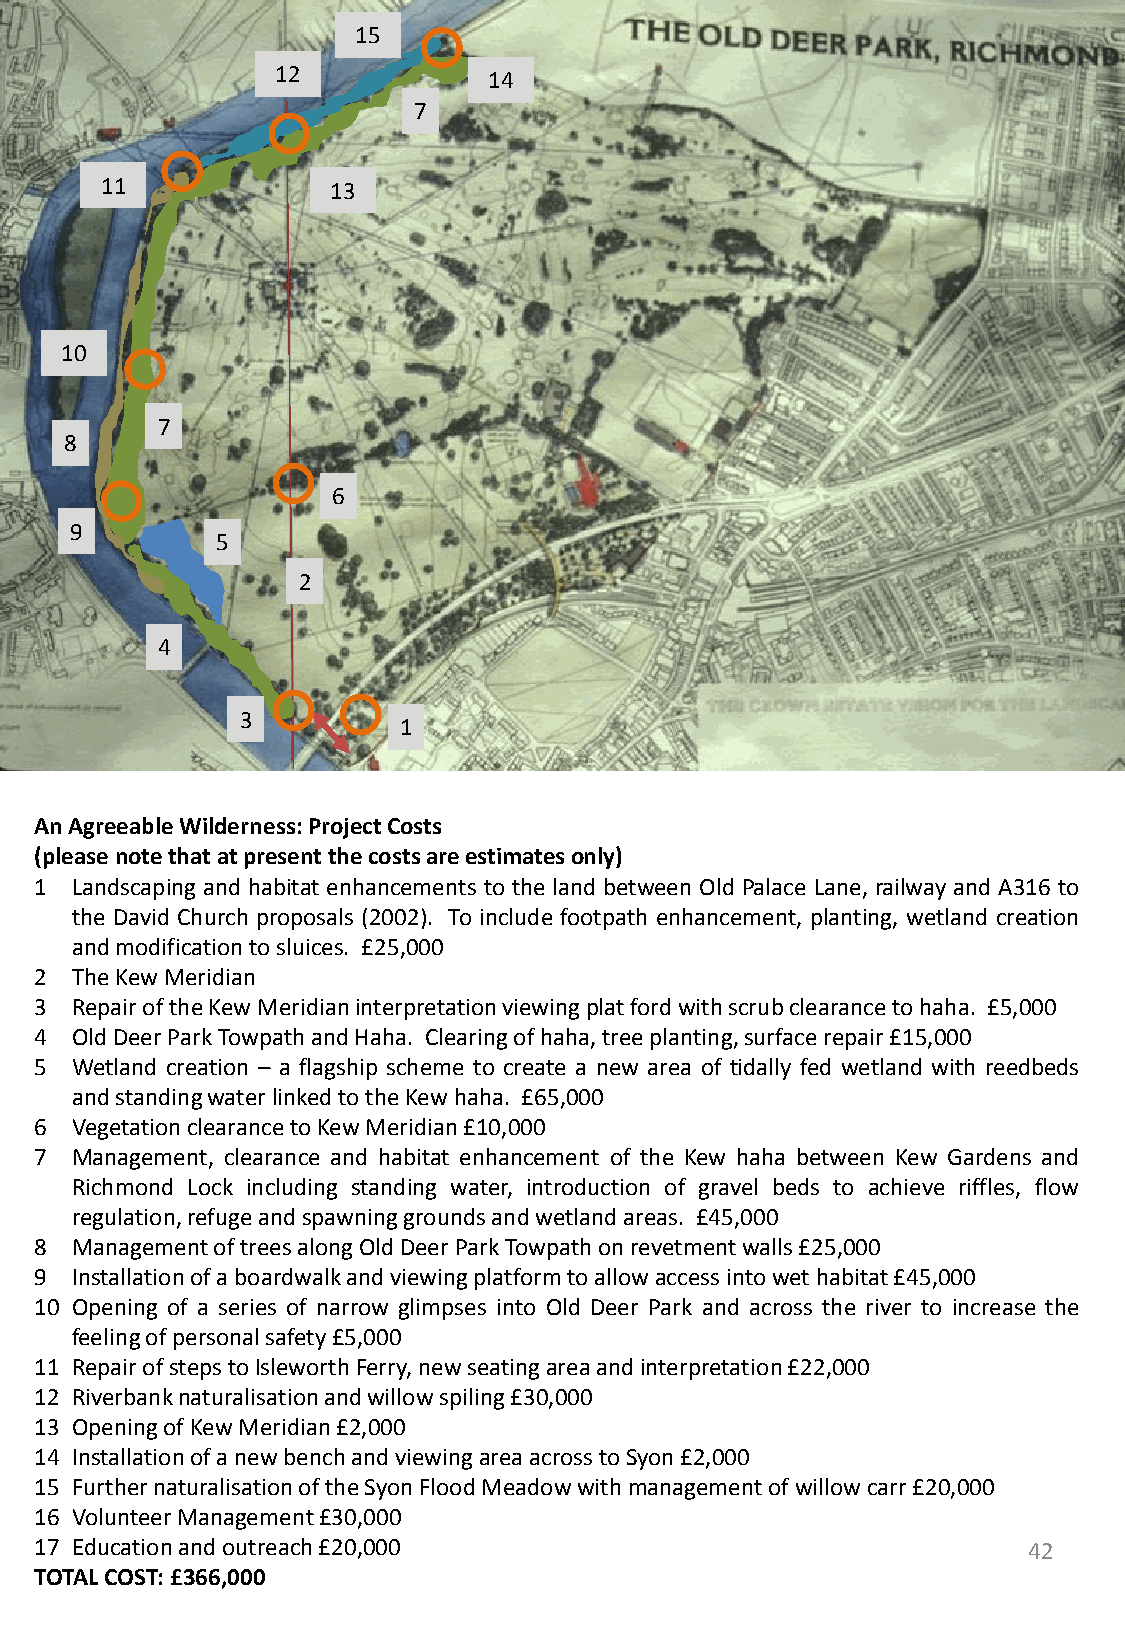
15
 12            14
 7
 11             13
 10
 7
 8
 6
 9
 5
 2
 4
 3
 1
 AnAgreeableWilderness:ProjectCosts
 (pleasenotethatatpresentthecostsareestimatesonly)
 1  Landscaping and habitat enhancements to the land between Old Palace Lane, railway and A316 to
 the David Church proposals (2002). To include footpath enhancement, planting, wetland creation
 andmodificationtosluices. £25,000
 2  TheKewMeridian
 3  RepairoftheKewMeridianinterpretationviewingplatfordwithscrubclearancetohaha. £5,000
 4  OldDeerParkTowpathandHaha. Clearingofhaha,treeplanting,surfacerepair£15,000
 5  Wetland creation – a flagship scheme to create a new area of tidally fed wetland with reedbeds
 andstandingwaterlinkedtotheKewhaha. £65,000
 6  VegetationclearancetoKewMeridian£10,000
 7  Management, clearance and habitat enhancement of the Kew haha between Kew Gardens and
 Richmond Lock including standing water, introduction of gravel beds to achieve riffles, flow
 regulation,refugeandspawninggroundsandwetlandareas. £45,000
 8  ManagementoftreesalongOldDeerParkTowpathonrevetmentwalls£25,000
 9  Installationofaboardwalkandviewingplatformtoallowaccess intowethabitat£45,000
 10 Opening of a series of narrow glimpses into Old Deer Park and across the river to increase the
 feelingofpersonalsafety£5,000
 11 RepairofstepstoIsleworthFerry,newseatingareaandinterpretation£22,000
 12 Riverbanknaturalisationandwillowspiling£30,000
 13 OpeningofKewMeridian£2,000
 14 InstallationofanewbenchandviewingareaacrosstoSyon£2,000
 15 FurthernaturalisationoftheSyonFloodMeadowwithmanagementofwillowcarr£20,000
 16 VolunteerManagement£30,000
 17 Educationandoutreach£20,000                                    42
 TOTALCOST:£366,000